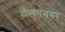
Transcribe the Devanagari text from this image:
दौलतनगर्